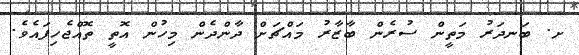
ށ. ބަނދަރު މަތީން ސުރެން ބާޒާރު މައްޗަށް ދާންދެން މިހުން އޮތީ ތޮއްޖެހިފައެވެ.